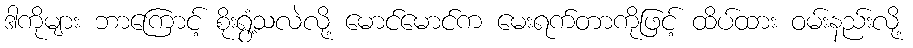
ဒါကိုများ ဘာကြောင့် စိုးရွံ့သလဲလို့ မောင်မောင်က မေးရက်တာကိုဖြင့် ထိပ်ထား ဝမ်းနည်းလို့